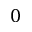
0